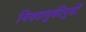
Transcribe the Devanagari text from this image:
निवडणुकीपुर्वी